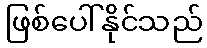
ဖြစ်ပေါ်နိုင်သည်